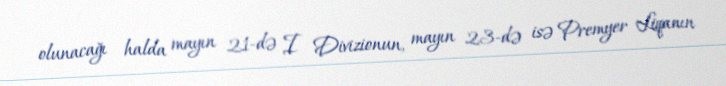
olunacağı halda mayın 21-də I Divizionun, mayın 23-də isə Premyer Liqanın